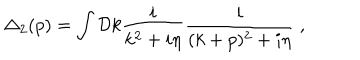
\Delta _ { 2 } ( p ) = \int { \cal D } k \frac { i } { k ^ { 2 } + i \eta } \frac { i } { ( k + p ) ^ { 2 } + i \eta } \; ,